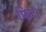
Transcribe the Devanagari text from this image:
फिट।